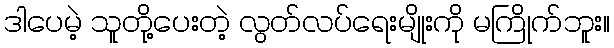
ဒါပေမဲ့ သူတို့ပေးတဲ့ လွတ်လပ်ရေးမျိုးကို မကြိုက်ဘူး။